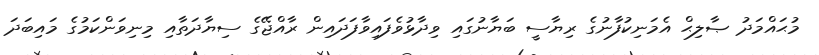
މުޙައްމަދު ޞާލިޙް އެމަނިކުފާނުގެ ރިޔާސީ ބަޔާނުގައި ވިދާޅުވެފައިވާފަދައިން ރާއްޖޭގެ ސިޔާދަތާއި މިނިވަންކަމުގެ މައިބަދަ